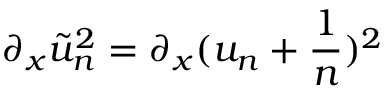
\partial _ { x } \tilde { u } _ { n } ^ { 2 } = \partial _ { x } ( u _ { n } + \frac { 1 } { n } ) ^ { 2 }